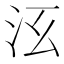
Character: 𣲑